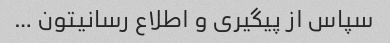
سپاس از پیگیری و اطلاع رسانیتون …